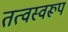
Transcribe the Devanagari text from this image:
तत्वस्वरूप